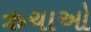
ઋચાઓ